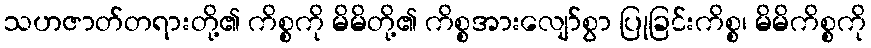
သဟဇာတ်တရားတို့၏ ကိစ္စကို မိမိတို့၏ ကိစ္စအားလျော်စွာ ပြုခြင်းကိစ္စ၊ မိမိကိစ္စကို